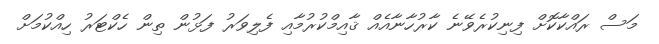
މަސް ރައްކާކޮށް ފިނިކުރެވޭނެ ކާރުހާނާއެއް ޤާއިމްކުރުމާއި ފެލިވަރު ފަޅުން ތިން ހެކްޓަރު ހިއްކުމަށް